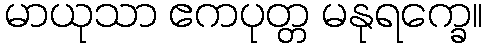
မာယုသာ ဧကပုတ္တ မနုရက္ခေ။